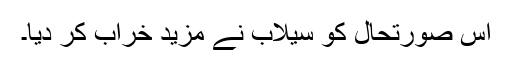
اس صورتحال کو سیلاب نے مزید خراب کر دیا۔